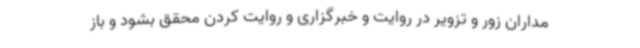
مداران زور و تزویر در روایت و خبرگزاری و روایت کردن محقق بشود و باز